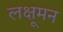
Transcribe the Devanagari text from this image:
लक्षूमन